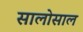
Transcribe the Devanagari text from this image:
सालोसाल